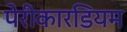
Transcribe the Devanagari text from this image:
पेरीकारडियम